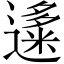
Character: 𬩍